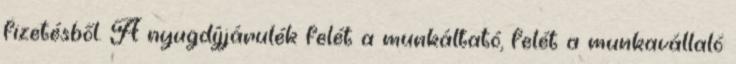
fizetésből. A nyugdíjjárulék felét a munkáltató, felét a munkavállaló